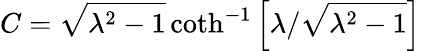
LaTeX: C=\sqrt{\lambda^{2}-1}\coth^{-1}\left[\lambda/\sqrt{\lambda^{2}-1}\right]